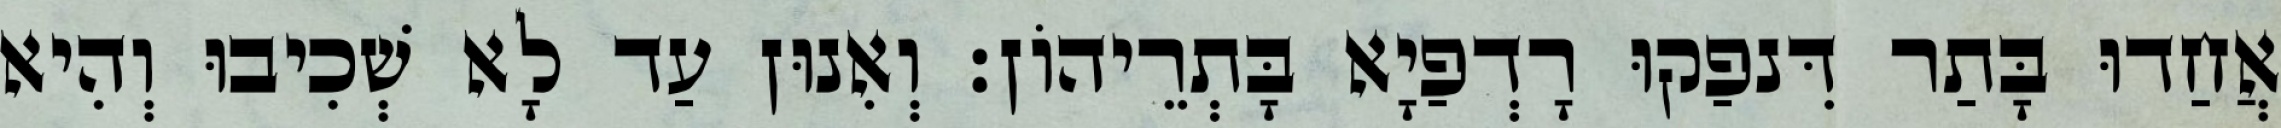
אֲחַדוּ בָּתַר דִּנפַקוּ רָדְפַיָא בָּתְרֵיהוֹן׃ וְאִנוּן עַד לָא שְׁכִיבוּ וְהִיא